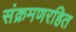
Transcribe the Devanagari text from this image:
संक्रमणरहित